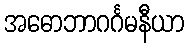
အဓောဘာဂင်္ဂမနီယာ